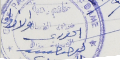
الخوري يوحنا حبيب